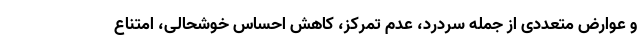
و عوارض متعددی از جمله سردرد، عدم تمرکز، کاهش احساس خوشحالی، امتناع